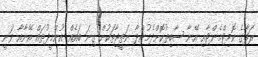
ރަފާގެ ކޮމިޓްމެންޓާއި އޭނާ ސާބިތުކޮށްދެމުންދާ ނަތީޖާތަކުން ގިނަ ބައެއް އުންމީދުތައް އޭނާއާ ވަނީ